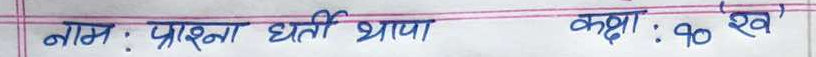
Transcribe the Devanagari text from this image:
नाम : प्राश्ना धरती थापा कक्षा : १० 'ख'